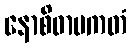
နောစိဓာပကတံ